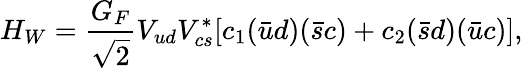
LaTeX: H_{W}={\frac{G_{F}}{\sqrt 2}}V_{ud}V_{cs}^{*}[c_{1}(\bar{u}d)(\bar{s}c)+c_{2}(\bar{s}d)(\bar{u}c)],